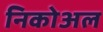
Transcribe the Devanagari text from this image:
निकोअल